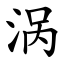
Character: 涡